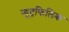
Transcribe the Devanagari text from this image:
न्यूट्रफिलिक